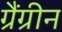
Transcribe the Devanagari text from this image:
ग्रैंग्रीन